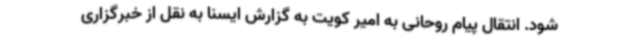
شود. انتقال پیام روحانی به امیر کویت به گزارش ایسنا به نقل از خبرگزاری